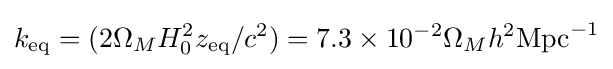
k_{\text{eq}}=(2\Omega _{M}H_{0}^{2}z_{\text{eq}}/c^{2})=7.3\times 10^{-2}\Omega _{M}h^{2}{\text{Mpc}}^{-1}